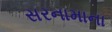
સરનામાના